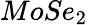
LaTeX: MoSe_{2}